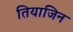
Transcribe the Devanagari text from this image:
तियाजिन